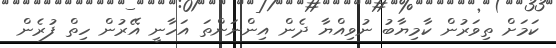
ކަމަށް ތިވަރުން ކާމިޔާބު ނުވިއްޔާ ދެން އިންނަންތަ އަހާނީ އޭރުން ހިތް ފުރެން